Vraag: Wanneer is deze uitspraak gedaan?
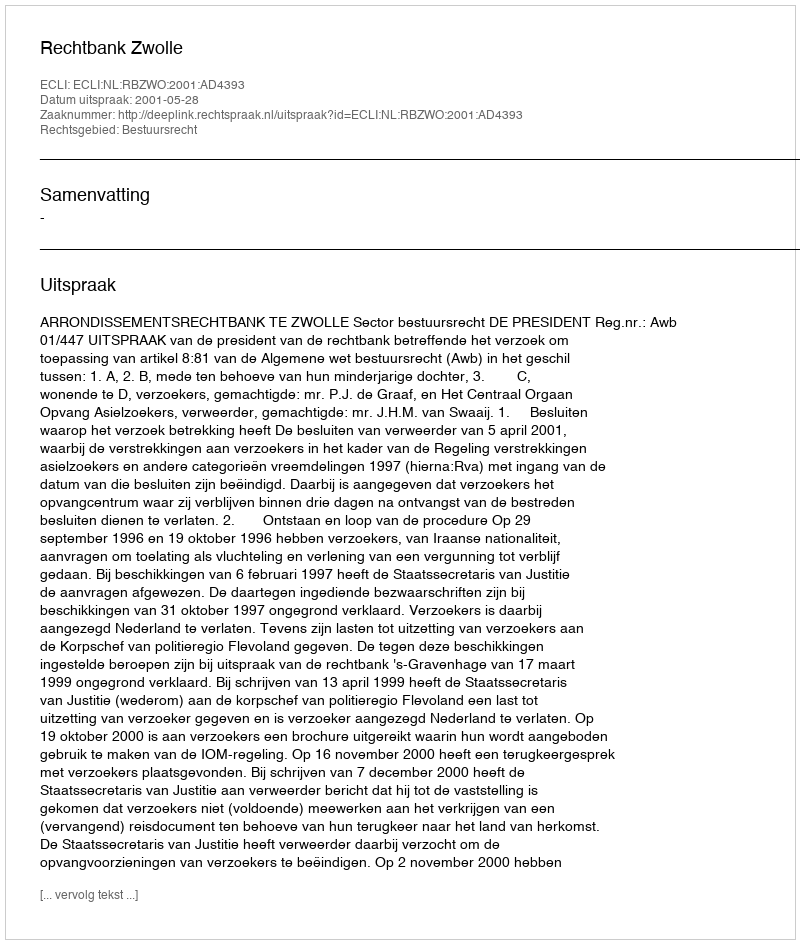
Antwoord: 2001-05-28